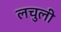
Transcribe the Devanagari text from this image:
लचुली